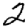
Digit: 2